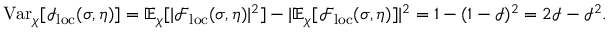
\mathrm { V a r } _ { \chi } [ \mathcal { I } _ { \mathrm { l o c } } ( \sigma , \eta ) ] = \mathbb { E } _ { \chi } [ | \mathcal { F } _ { \mathrm { l o c } } ( \sigma , \eta ) | ^ { 2 } ] - | \mathbb { E } _ { \chi } [ \mathcal { F } _ { \mathrm { l o c } } ( \sigma , \eta ) ] | ^ { 2 } = 1 - ( 1 - \mathcal { I } ) ^ { 2 } = 2 \mathcal { I } - \mathcal { I } ^ { 2 } .